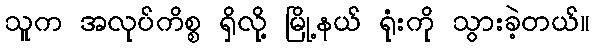
သူက အလုပ်ကိစ္စ ရှိလို့ မြို့နယ် ရုံးကို သွားခဲ့တယ်။